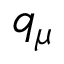
q _ { \mu }